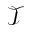
\mathcal { T }